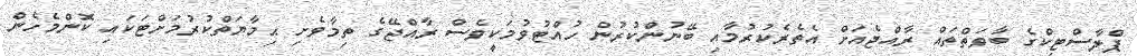
ޕްލާސްޓިކްގެ ބާވަތްތައް ރާއްޖެއަށް އެތެރެކުރުމާއި ބޭނުންކުރުން ހުއްޓުވުމަކީވެސް ރާއްޖޭގެ ތިމާވެށި ޙިމާޔަތްކުރުމަށްޓަކައި ކޮންމެހެން